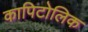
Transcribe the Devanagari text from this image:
कापिटोलिक